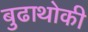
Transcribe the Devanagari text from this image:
बुढाथोकी